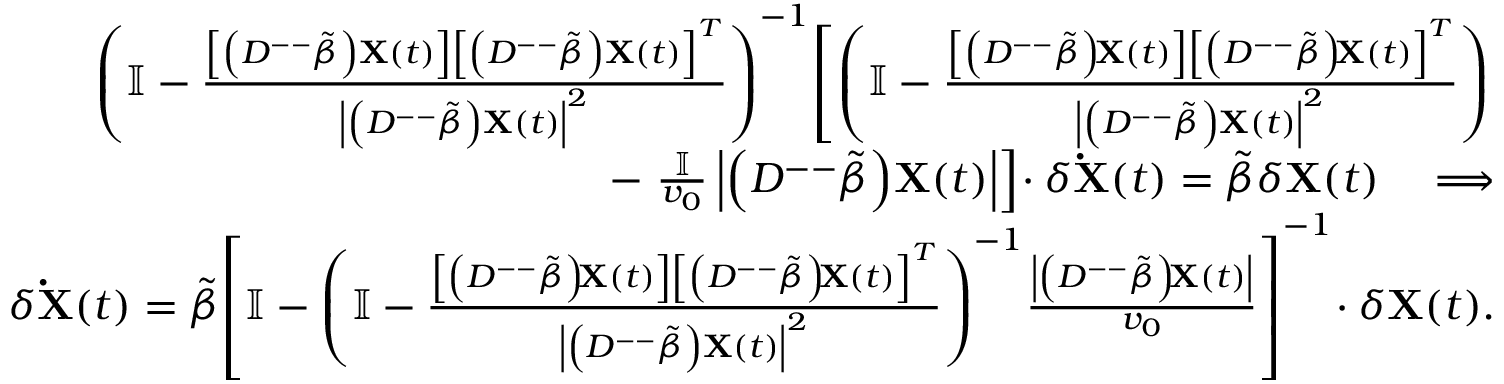
\begin{array} { r l r } & { } & { \left( \mathbb { I } - \frac { \left[ \left( D ^ { -- } \tilde { \beta } \right) \mathbf { X } ( t ) \right] \left[ \left( D ^ { -- } \tilde { \beta } \right) \mathbf { X } ( t ) \right] ^ { T } } { \left| \left( D ^ { -- } \tilde { \beta } \right) \mathbf { X } ( t ) \right| ^ { 2 } } \right) ^ { - 1 } \! \left[ \left( \mathbb { I } - \frac { \left[ \left( D ^ { -- } \tilde { \beta } \right) \! \mathbf { X } ( t ) \right] \left[ \left( D ^ { -- } \tilde { \beta } \right) \! \mathbf { X } ( t ) \right] ^ { T } } { \left| \left( D ^ { -- } \tilde { \beta } \right) \mathbf { X } ( t ) \right| ^ { 2 } } \right) \right. } \\ & { } & { - \left. \frac { \mathbb { I } } { v _ { 0 } } \left| \left( D ^ { -- } \tilde { \beta } \right) \! \mathbf { X } ( t ) \right| \right] \! \cdot \delta \mathbf { \dot { X } } ( t ) = \tilde { \beta } \delta \mathbf { X } ( t ) \quad \Longrightarrow } \\ & { } & { \delta \mathbf { \dot { X } } ( t ) = \tilde { \beta } \! \left[ \mathbb { I } - \left( \mathbb { I } - \frac { \left[ \left( D ^ { -- } \tilde { \beta } \right) \! \mathbf { X } ( t ) \right] \left[ \left( D ^ { -- } \tilde { \beta } \right) \! \mathbf { X } ( t ) \right] ^ { T } } { \left| \left( D ^ { -- } \tilde { \beta } \right) \mathbf { X } ( t ) \right| ^ { 2 } } \right) ^ { - 1 } \! \frac { \left| \left( D ^ { -- } \tilde { \beta } \right) \! \mathbf { X } ( t ) \right| } { v _ { 0 } } \right] ^ { - 1 } \! \cdot \delta \mathbf { X } ( t ) . } \end{array}